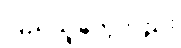
ပြည်သူတွေလည်း